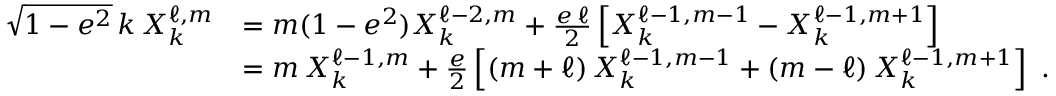
\begin{array} { r l } { \sqrt { 1 - e ^ { 2 } } \, k \, X _ { k } ^ { \ell , m } } & { = m ( 1 - e ^ { 2 } ) X _ { k } ^ { \ell - 2 , m } + \frac { e \, \ell } { 2 } \left[ X _ { k } ^ { \ell - 1 , m - 1 } - X _ { k } ^ { \ell - 1 , m + 1 } \right] } \\ & { = m \, X _ { k } ^ { \ell - 1 , m } + \frac { e } { 2 } \left[ ( m + \ell ) \, X _ { k } ^ { \ell - 1 , m - 1 } + ( m - \ell ) \, X _ { k } ^ { \ell - 1 , m + 1 } \right] \ . } \end{array}